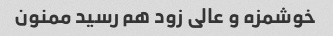
خوشمزه و عالی زود هم رسید ممنون